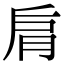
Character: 𦚌